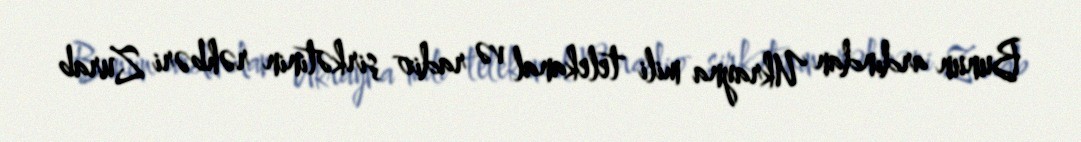
Bunun ardından Ukrayna mili telekanal və radio şirkətinin rəhbəri Zurab